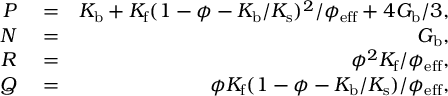
\begin{array} { r l r } { P } & { { } = } & { K _ { \mathrm { b } } + K _ { \mathrm { f } } ( 1 - \phi - K _ { \mathrm { b } } / K _ { \mathrm { s } } ) ^ { 2 } / \phi _ { \mathrm { e f f } } + 4 G _ { \mathrm { b } } / 3 , } \\ { N } & { { } = } & { G _ { \mathrm { b } } , } \\ { R } & { { } = } & { \phi ^ { 2 } K _ { \mathrm { f } } / \phi _ { \mathrm { e f f } } , } \\ { Q } & { { } = } & { \phi K _ { \mathrm { f } } ( 1 - \phi - K _ { \mathrm { b } } / K _ { \mathrm { s } } ) / \phi _ { \mathrm { e f f } } , } \end{array}